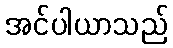
အင်ပါယာသည်